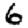
Digit: 6